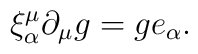
\xi^\mu_\alpha \partial_\mu g = g e_\alpha.